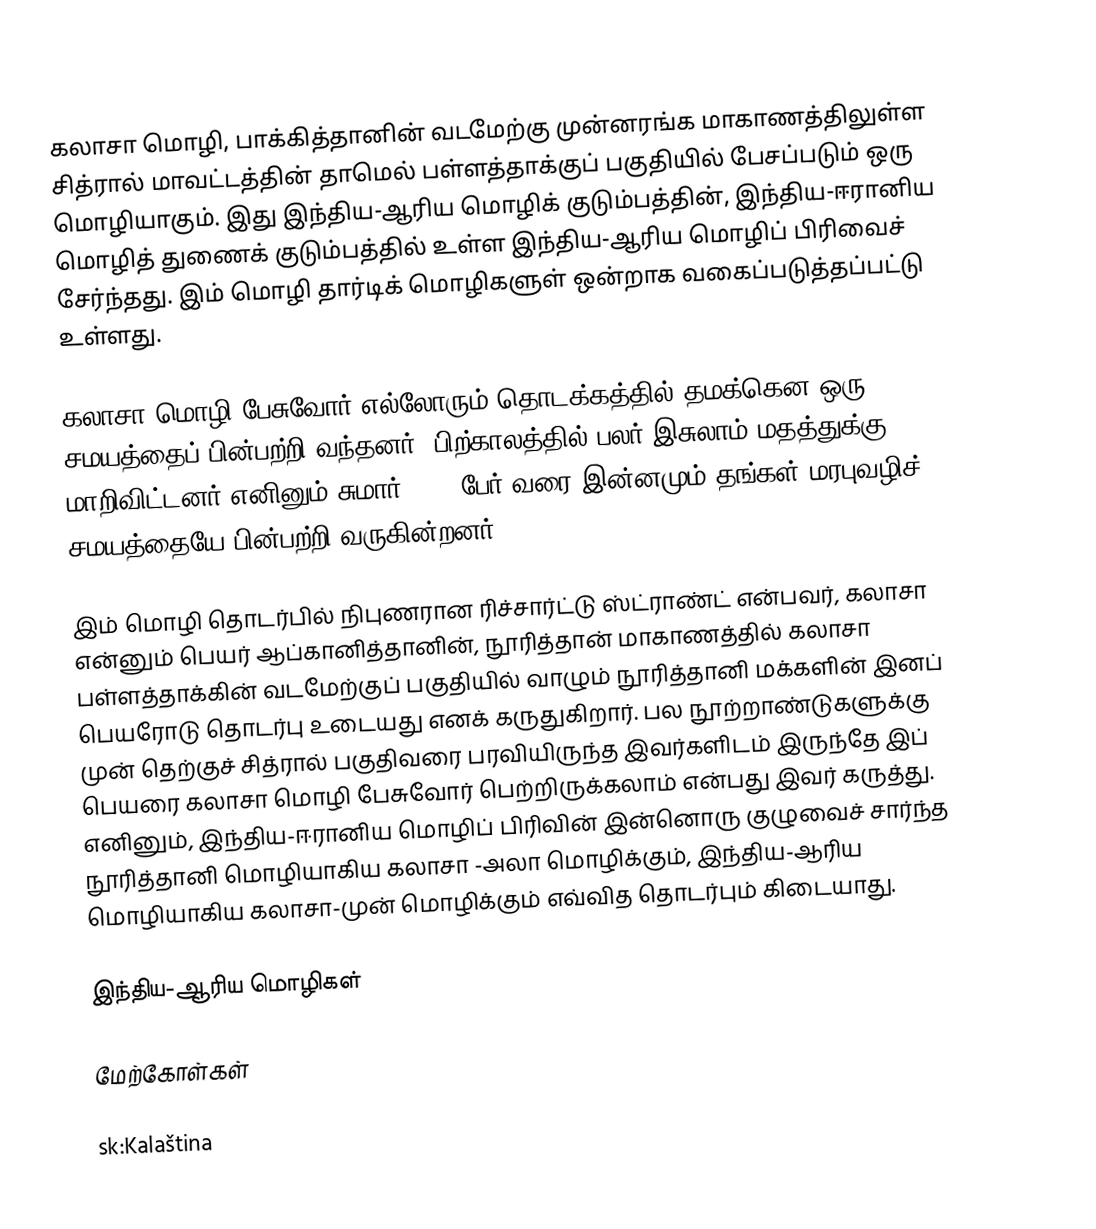
கலாசா மொழி, பாக்கித்தானின் வடமேற்கு முன்னரங்க மாகாணத்திலுள்ள சித்ரால் மாவட்டத்தின் தாமெல் பள்ளத்தாக்குப் பகுதியில் பேசப்படும் ஒரு மொழியாகும். இது இந்திய-ஆரிய மொழிக் குடும்பத்தின், இந்திய-ஈரானிய மொழித் துணைக் குடும்பத்தில் உள்ள இந்திய-ஆரிய மொழிப் பிரிவைச் சேர்ந்தது. இம் மொழி தார்டிக் மொழிகளுள் ஒன்றாக வகைப்படுத்தப்பட்டு உள்ளது.

கலாசா மொழி பேசுவோர் எல்லோரும் தொடக்கத்தில் தமக்கென ஒரு சமயத்தைப் பின்பற்றி வந்தனர். பிற்காலத்தில் பலர் இசுலாம் மதத்துக்கு மாறிவிட்டனர் எனினும் சுமார் 3000 பேர் வரை இன்னமும் தங்கள் மரபுவழிச் சமயத்தையே பின்பற்றி வருகின்றனர்.

இம் மொழி தொடர்பில் நிபுணரான ரிச்சார்ட்டு ஸ்ட்ராண்ட் என்பவர், கலாசா என்னும் பெயர் ஆப்கானித்தானின், நூரித்தான் மாகாணத்தில் கலாசா பள்ளத்தாக்கின் வடமேற்குப் பகுதியில் வாழும் நூரித்தானி மக்களின் இனப் பெயரோடு தொடர்பு உடையது எனக் கருதுகிறார். பல நூற்றாண்டுகளுக்கு முன் தெற்குச் சித்ரால் பகுதிவரை பரவியிருந்த இவர்களிடம் இருந்தே இப் பெயரை கலாசா மொழி பேசுவோர் பெற்றிருக்கலாம் என்பது இவர் கருத்து. எனினும், இந்திய-ஈரானிய மொழிப் பிரிவின் இன்னொரு குழுவைச் சார்ந்த நூரித்தானி மொழியாகிய கலாசா -அலா மொழிக்கும், இந்திய-ஆரிய மொழியாகிய கலாசா-முன் மொழிக்கும் எவ்வித தொடர்பும் கிடையாது.

இந்திய-ஆரிய மொழிகள்

மேற்கோள்கள்

sk:Kalaština